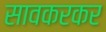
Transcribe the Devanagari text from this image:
सावकरकर